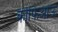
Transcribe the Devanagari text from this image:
कोफिआऊ